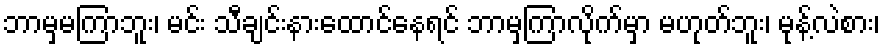
ဘာမှမကြာဘူး၊ မင်း သီချင်းနားထောင်နေရင် ဘာမှကြာလိုက်မှာ မဟုတ်ဘူး၊ မုန့်လဲစား၊